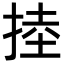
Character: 𢯅